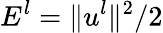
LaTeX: E^{l}=\| u^{l}\| ^{2}/2